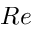
R e